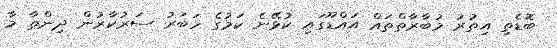
ބޮޑެތި އިތުރު މުބާރާތްތައް އައްޑޫގައި ކުޅޭނެ ކަމުގެ ހަބަރު ސަރުކާރުން ދިންތާ މާ